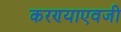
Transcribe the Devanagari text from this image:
करण्याएवजी